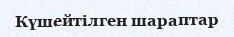
Күшейтілген шараптар